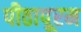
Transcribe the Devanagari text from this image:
पीठापूरम